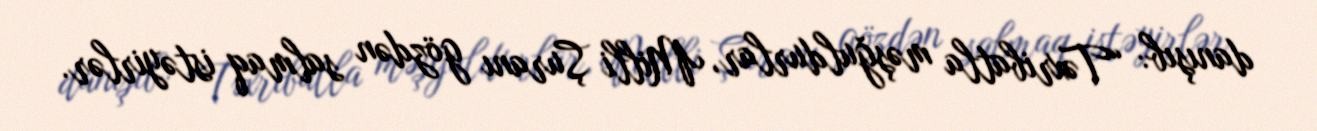
danışıb: “Təxribatla məşğuldurlar, Milli Şuranı gözdən salmaq istəyirlər.